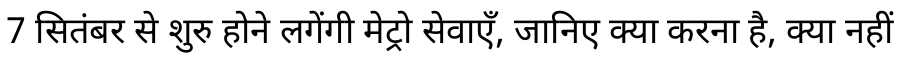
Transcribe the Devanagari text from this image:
7 सितंबर से शुरु होने लगेंगी मेट्रो सेवाएँ, जानिए क्या करना है, क्या नहीं